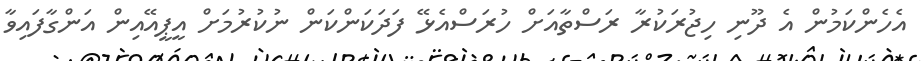
އެހެންކަމުން އެ ދޫނި ހިޖުރަކުރާ ރަސްތާއަށް ހުރަސްއެޅޭ ފަދަކަންކަން ނުކުރުމަށް އީޕީއޭއިން އަންގާފައިވާ